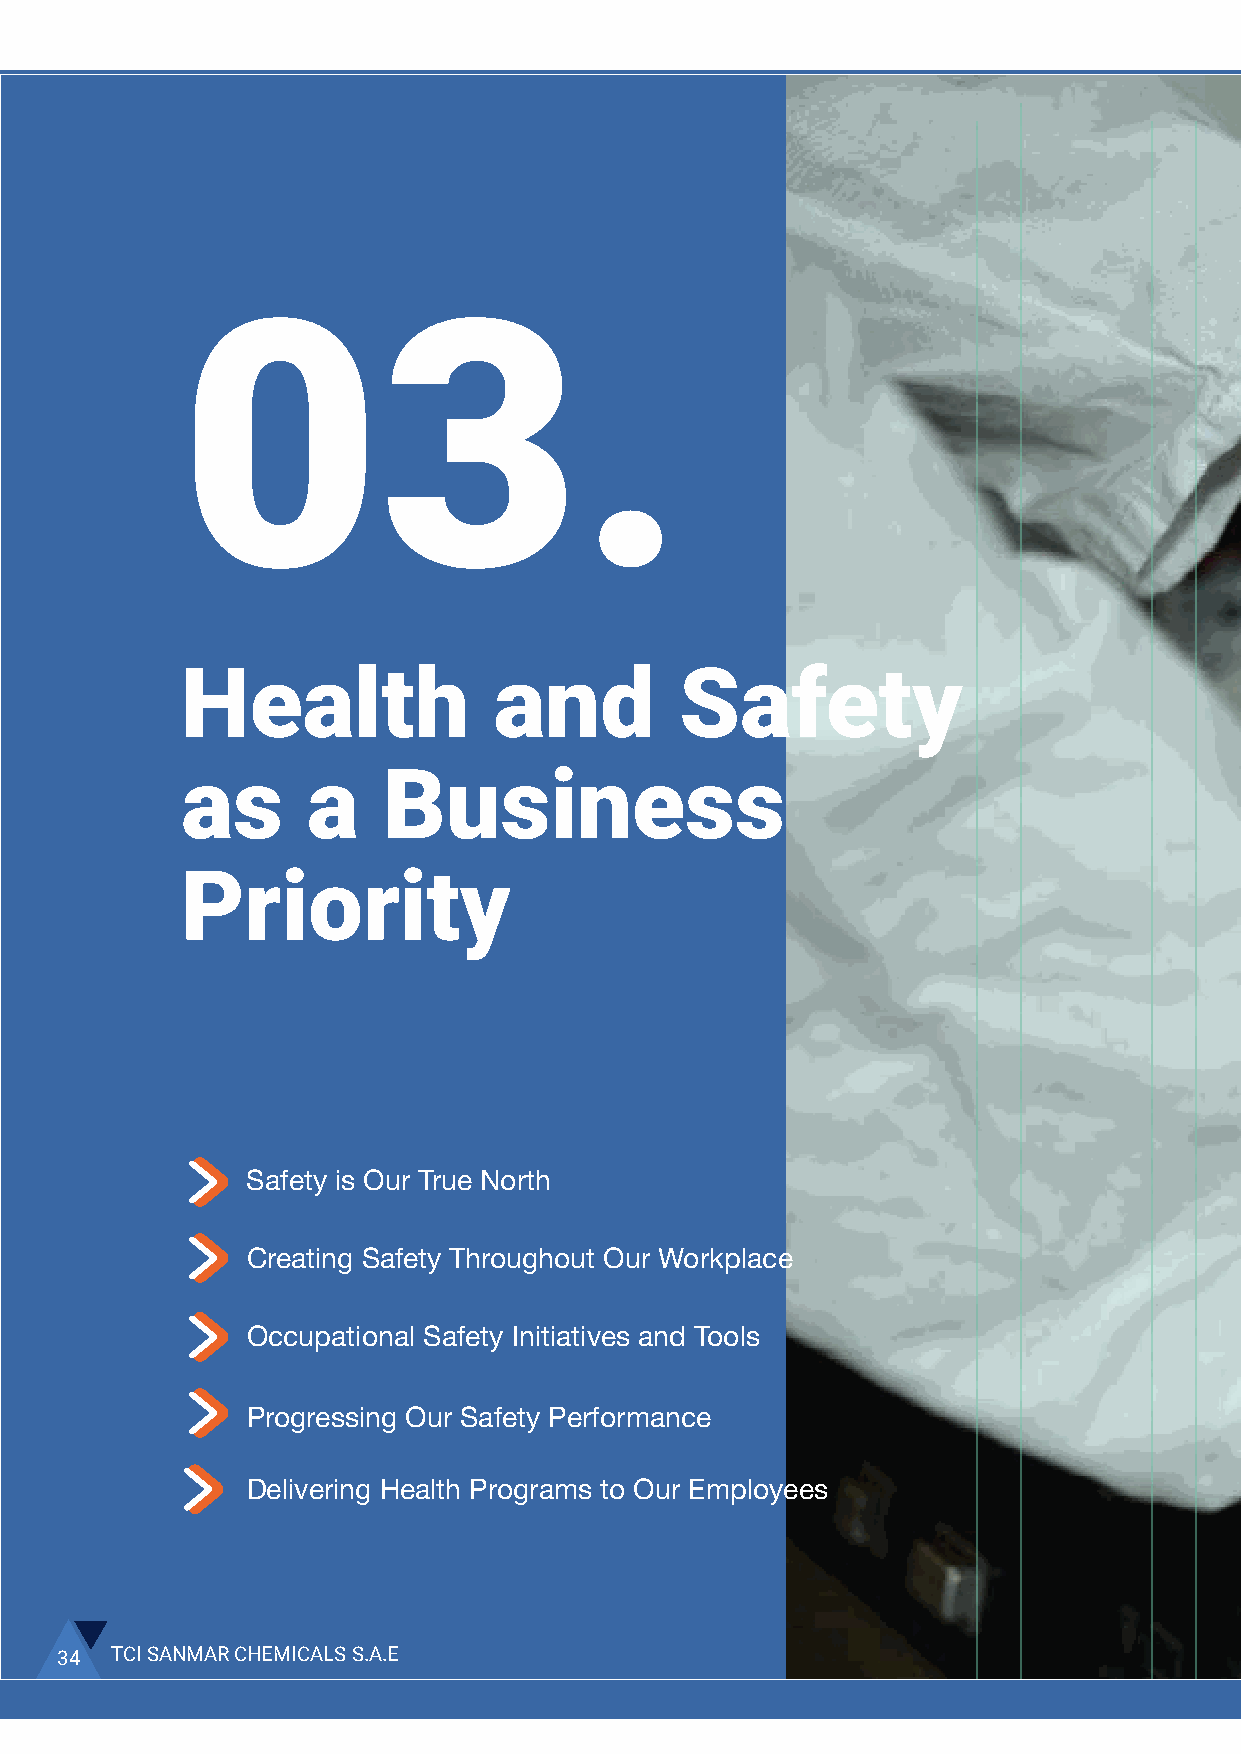
03.
 Health               and         Safety
 as      a    Business
 Priority
 Safety is Our True North
 Creating Safety Throughout Our Workplace
 Occupational Safety Initiatives and Tools
 Progressing Our Safety Performance
 Delivering Health Programs to Our Employees
 34 TCI SANMAR CHEMICALS S.A.E
 2020 SUSTAINABILITY REPORT 35